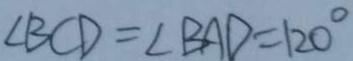
\angle B C D = \angle B A D = 1 2 0 ^ { \circ }